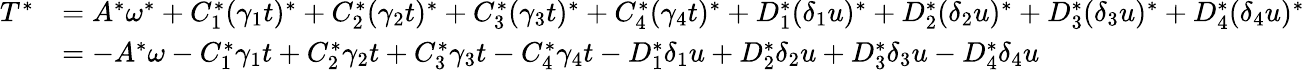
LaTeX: \begin{array}{rl}{T^{\ast}}&{=A^{\ast}\omega^{\ast}+C_{1}^{\ast}(\gamma_{1}t)^{\ast}+C_{2}^{\ast}(\gamma_{2}t)^{\ast}+C_{3}^{\ast}(\gamma_{3}t)^{\ast}+C_{4}^{\ast}(\gamma_{4}t)^{\ast}+D_{1}^{\ast}(\delta_{1}u)^{\ast}+D_{2}^{\ast}(\delta_{2}u)^{\ast}+D_{3}^{\ast}(\delta_{3}u)^{\ast}+D_{4}^{\ast}(\delta_{4}u)^{\ast}}\\ &{=-A^{\ast}\omega-C_{1}^{\ast}\gamma_{1}t+C_{2}^{\ast}\gamma_{2}t+C_{3}^{\ast}\gamma_{3}t-C_{4}^{\ast}\gamma_{4}t-D_{1}^{\ast}\delta_{1}u+D_{2}^{\ast}\delta_{2}u+D_{3}^{\ast}\delta_{3}u-D_{4}^{\ast}\delta_{4}u}\end{array}